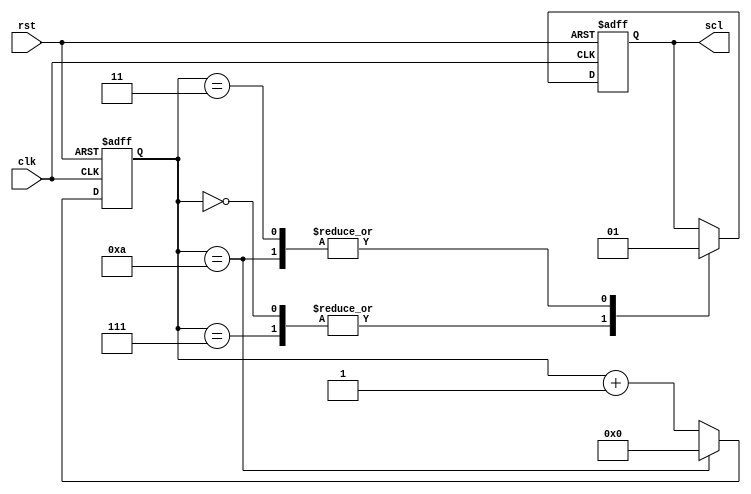
module i2c_timing_control_and_sync (
    input wire rst,
    input wire clk,
    output wire scl
);

reg [7:0] counter;
reg scl_reg;

always @(posedge clk or posedge rst) begin
    if (rst) begin
        counter <= 8'h00;
        scl_reg <= 1'b0;
    end else begin
        case (counter)
            8'h00: begin
                scl_reg <= 1'b0;
                counter <= counter + 1;
            end
            8'h03: begin
                scl_reg <= 1'b1;
                counter <= counter + 1;
            end
            8'h07: begin
                scl_reg <= 1'b0;
                counter <= counter + 1;
            end
            8'h0a: begin
                scl_reg <= 1'b1;
                counter <= 8'h00;
            end
            default: counter <= counter + 1;
        endcase
    end
end

assign scl = scl_reg;

endmodule